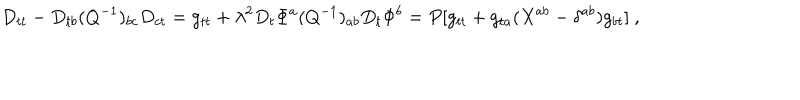
LaTeX: D _ { t t } - D _ { t b } ( Q ^ { - 1 } ) _ { b c } D _ { c t } = g _ { t t } + \lambda ^ { 2 } D _ { t } \Phi ^ { a } ( Q ^ { - 1 } ) _ { a b } D _ { t } \Phi ^ { b } = P [ g _ { t t } + g _ { t a } ( X ^ { a b } - \delta ^ { a b } ) g _ { b t } ] \ ,